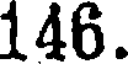
146.